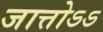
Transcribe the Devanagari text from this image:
जात्तोऽऽ